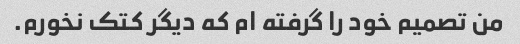
من تصمیم خود را گرفته ام که دیگر کتک نخورم.